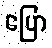
ပြော